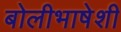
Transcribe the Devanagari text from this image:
बोलीभाषेशी